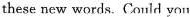
these new words.Could you